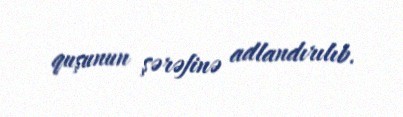
quşunun şərəfinə adlandırılıb.